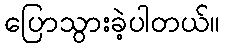
ပြောသွားခဲ့ပါတယ်။